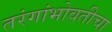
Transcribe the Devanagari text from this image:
तरंगांभोवतीचा